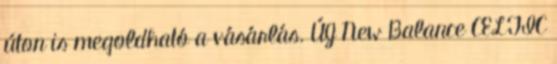
úton is megoldható a vásárlás. ÚJ New Balance CELTIC